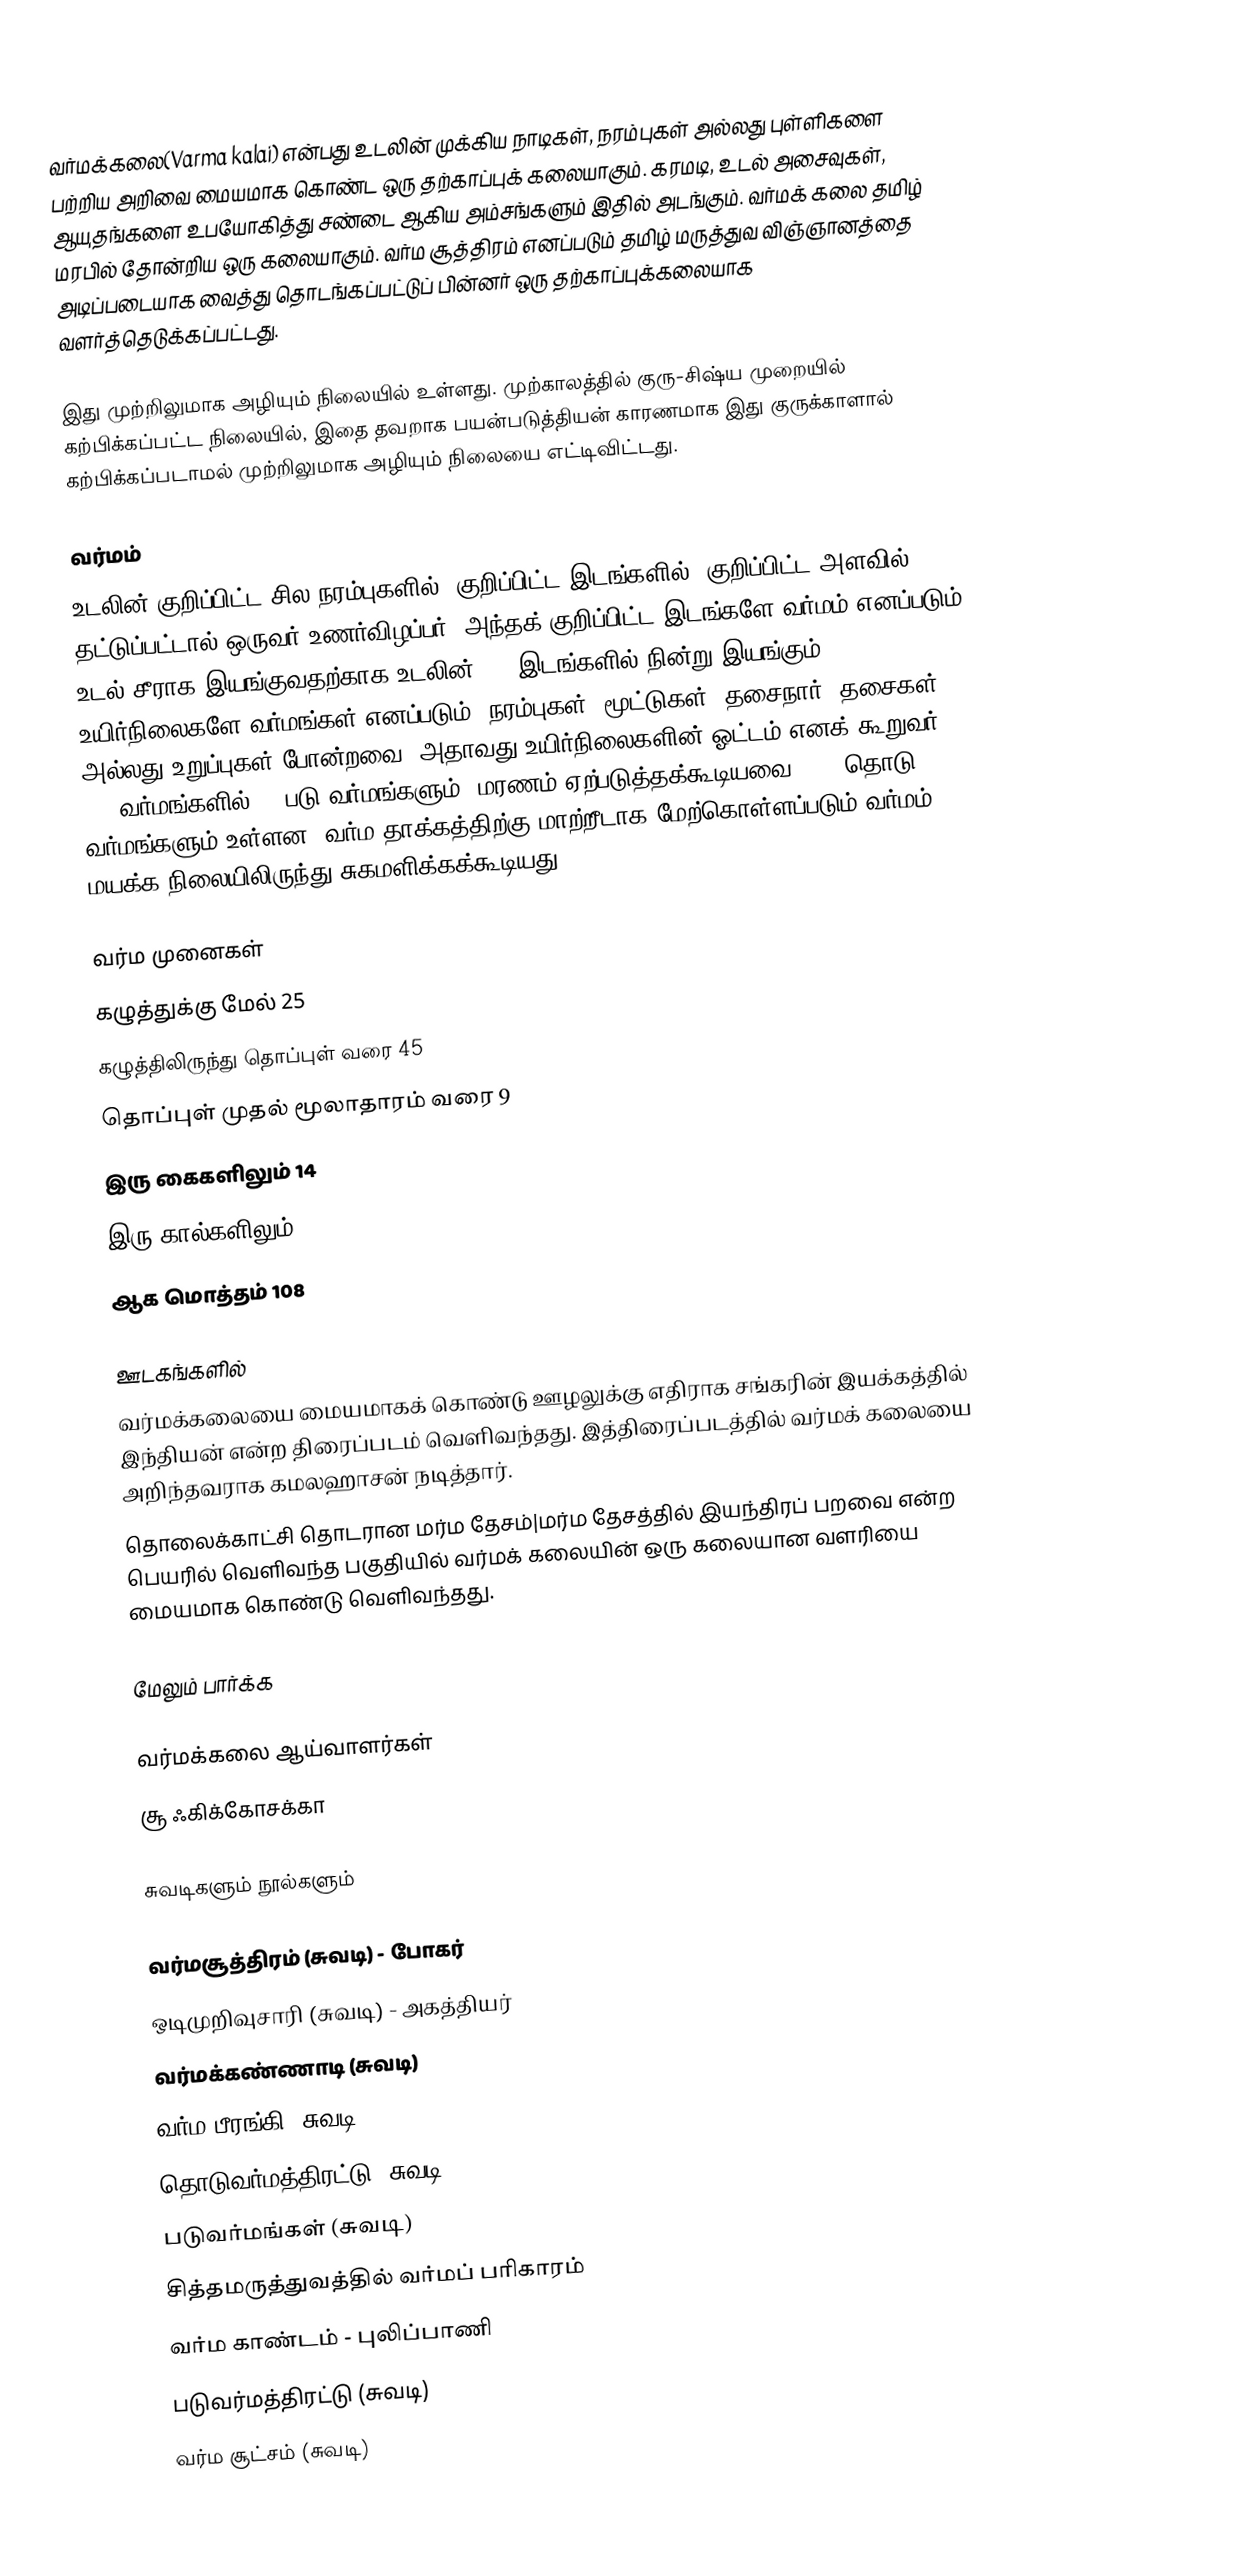
வர்மக்கலை(Varma kalai) என்பது உடலின் முக்கிய நாடிகள், நரம்புகள் அல்லது புள்ளிகளை பற்றிய அறிவை மையமாக கொண்ட ஒரு தற்காப்புக் கலையாகும். கரமடி, உடல் அசைவுகள், ஆயுதங்களை உபயோகித்து சண்டை ஆகிய அம்சங்களும் இதில் அடங்கும். வர்மக் கலை தமிழ் மரபில் தோன்றிய ஒரு கலையாகும். வர்ம சூத்திரம் எனப்படும் தமிழ் மருத்துவ விஞ்ஞானத்தை அடிப்படையாக வைத்து தொடங்கப்பட்டுப் பின்னர் ஒரு தற்காப்புக்கலையாக வளர்த்தெடுக்கப்பட்டது.

இது முற்றிலுமாக அழியும் நிலையில் உள்ளது. முற்காலத்தில் குரு-சிஷ்ய முறையில் கற்பிக்கப்பட்ட நிலையில், இதை தவறாக பயன்படுத்தியன் காரணமாக இது குருக்காளால் கற்பிக்கப்படாமல் முற்றிலுமாக அழியும் நிலையை எட்டிவிட்டது.

வர்மம்
உடலின் குறிப்பிட்ட சில நரம்புகளில், குறிப்பிட்ட இடங்களில், குறிப்பிட்ட அளவில் தட்டுப்பட்டால் ஒருவர் உணர்விழப்பர். அந்தக் குறிப்பிட்ட இடங்களே வர்மம் எனப்படும். உடல் சீராக இயங்குவதற்காக உடலின் 108 இடங்களில் நின்று இயங்கும் உயிர்நிலைகளே வர்மங்கள் எனப்படும், நரம்புகள், மூட்டுகள், தசைநார், தசைகள் அல்லது உறுப்புகள் போன்றவை. அதாவது உயிர்நிலைகளின் ஓட்டம் எனக் கூறுவர். 108 வர்மங்களில் 12 படு வர்மங்களும் (மரணம் ஏற்படுத்தக்கூடியவை), 96 தொடு வர்மங்களும் உள்ளன. வர்ம தாக்கத்திற்கு மாற்றீடாக மேற்கொள்ளப்படும் வர்மம் மயக்க நிலையிலிருந்து சுகமளிக்கக்கூடியது.

வர்ம முனைகள்
கழுத்துக்கு மேல் 25
கழுத்திலிருந்து தொப்புள் வரை 45
தொப்புள் முதல் மூலாதாரம் வரை 9
இரு கைகளிலும் 14
இரு கால்களிலும் 15
ஆக மொத்தம் 108

ஊடகங்களில்
 வர்மக்கலையை மையமாகக் கொண்டு ஊழலுக்கு எதிராக சங்கரின் இயக்கத்தில் இந்தியன் என்ற திரைப்படம் வெளிவந்தது. இத்திரைப்படத்தில் வர்மக் கலையை அறிந்தவராக கமலஹாசன் நடித்தார்.
 தொலைக்காட்சி தொடரான மர்ம தேசம்|மர்ம தேசத்தில் இயந்திரப் பறவை என்ற பெயரில் வெளிவந்த பகுதியில் வர்மக் கலையின் ஒரு கலையான வளரியை மையமாக கொண்டு வெளிவந்தது.

மேலும் பார்க்க

வர்மக்கலை ஆய்வாளர்கள்
 சூ ஃகிக்கோசக்கா

சுவடிகளும் நூல்களும்

 வர்மசூத்திரம் (சுவடி) -  போகர்
 ஒடிமுறிவுசாரி (சுவடி) - அகத்தியர்
 வர்மக்கண்ணாடி (சுவடி)
 வர்ம பீரங்கி (சுவடி)
 தொடுவர்மத்திரட்டு (சுவடி)
 படுவர்மங்கள் (சுவடி)
 சித்தமருத்துவத்தில் வர்மப் பரிகாரம்
 வர்ம காண்டம் - புலிப்பாணி
 படுவர்மத்திரட்டு (சுவடி)
 வர்ம சூட்சம் (சுவடி)